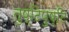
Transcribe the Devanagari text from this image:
तुष्टिपुष्टि